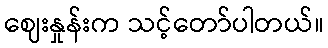
ဈေးနှုန်းက သင့်တော်ပါတယ်။